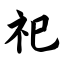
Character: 祀